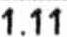
1.11